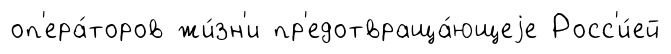
оп'ера́торов жи́зн'и пр'едотвраща́ющеjе Росс'и́ей